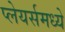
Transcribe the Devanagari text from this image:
प्लेयर्समध्ये